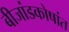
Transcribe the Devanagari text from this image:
बीजांडकोषांत